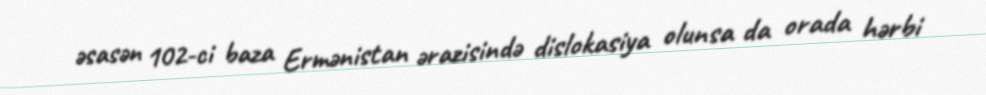
əsasən 102-ci baza Ermənistan ərazisində dislokasiya olunsa da orada hərbi